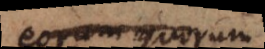
eorum, quorum